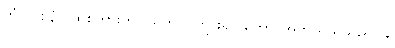
တံ (ဝစနံ)၊ ထိုစကားကို။ သုတွာ၊ ကြား၍။ ကော၊ အဘယ်သူသည်။ န